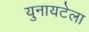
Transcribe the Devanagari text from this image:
युनायटेला